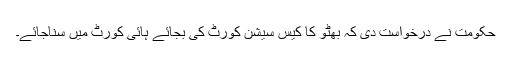
حکومت نے درخواست دی کہ بھٹو کا کیس سیشن کورٹ کی بجائے ہائی کورٹ میں سناجائے۔